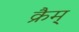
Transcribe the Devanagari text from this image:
क्रैम्